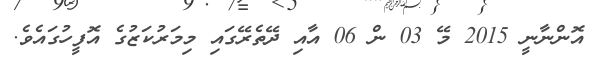
އޮންނާނީ 2015 މޭ 03 ން 06 އާއި ދޭތެރޭގައި މިމަރުކަޒުގެ އޮފީހުގައެވެ.